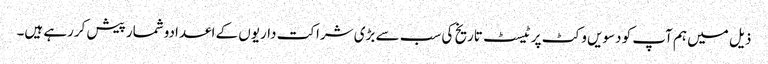
ذیل میں ہم آپ کو دسویں وکٹ پر ٹیسٹ تاریخ کی سب سے بڑی شراکت داریوں کے اعدادوشمار پیش کررہے ہیں۔